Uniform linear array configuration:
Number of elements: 4
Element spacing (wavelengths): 1
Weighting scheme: blackman
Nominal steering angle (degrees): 30
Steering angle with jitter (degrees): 31.2
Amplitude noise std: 0.05
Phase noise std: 0.05

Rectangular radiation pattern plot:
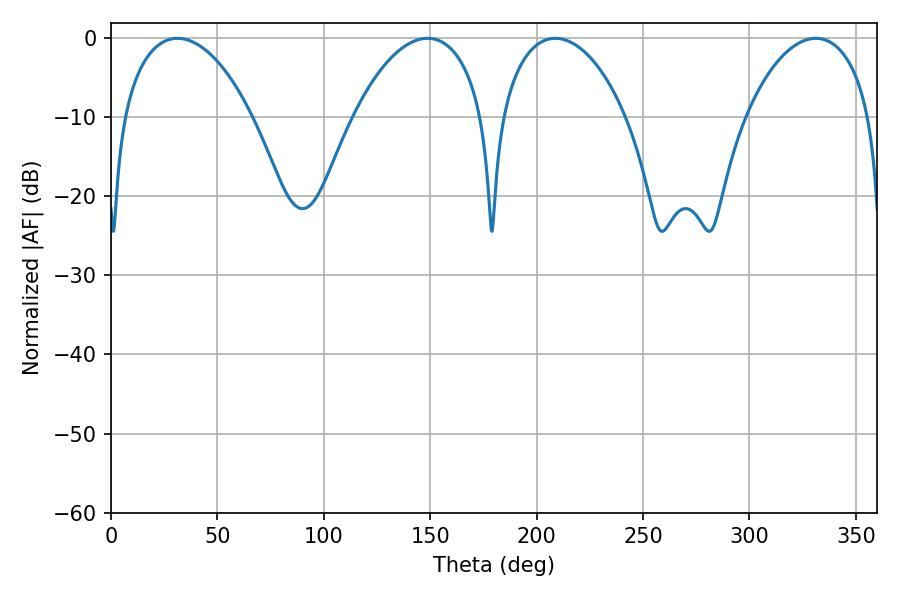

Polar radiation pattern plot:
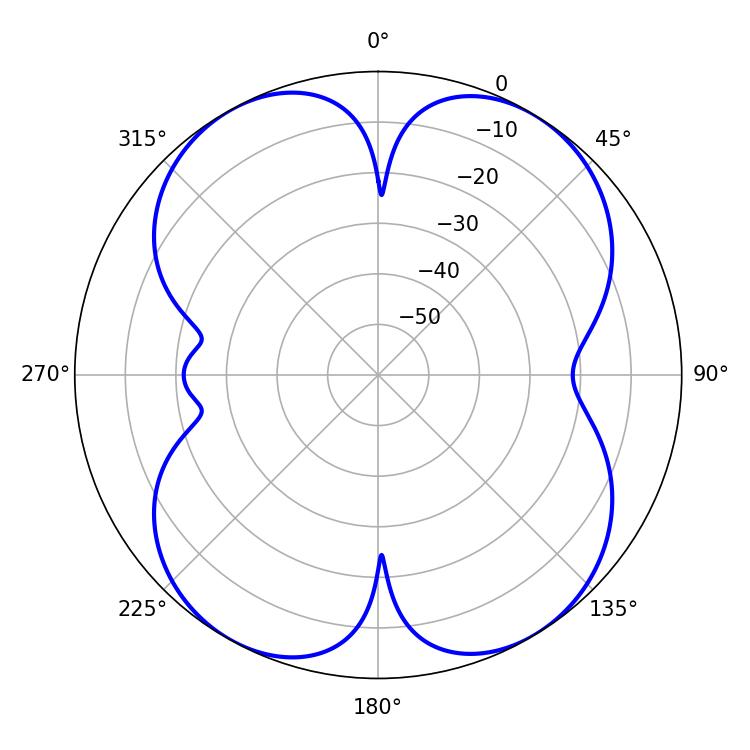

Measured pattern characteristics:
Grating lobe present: TRUE
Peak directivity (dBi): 14.122
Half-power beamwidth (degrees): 33.48
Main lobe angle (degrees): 208.8